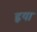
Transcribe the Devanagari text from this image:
हृया